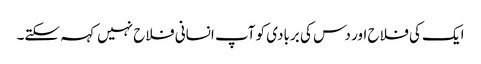
ایک کی فلاح اور دس کی بربادی کو آپ انسانی فلاح نہیں کہہ سکتے۔